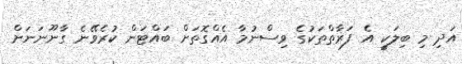
އަދި މި ބިލަކީ އެ ފަރާތްތަކުގެ ވިސްނުމާ އެއްގޮތަށް ބައްޓަން ކުރެވޭނެ ގާނޫނަނަށް